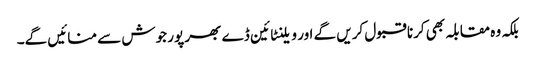
بلکہ وہ مقابلہ بھی کرنا قبول کریں گے اور ویلنٹائین ڈے بھر پور جوش سے منائیں گے۔